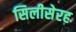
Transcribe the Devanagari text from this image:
सिलीसेरह